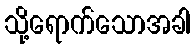
သို့ရောက်သောအခါ